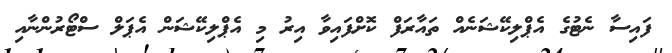
ފައިސާ ނެޓުގެ އެޕްލިކޭޝަނެއް ތައާރަފް ކޮށްފައިވާ އިރު މި އެޕްލިކޭޝަން އެޕަލް ސްޓޯރުންނާއި